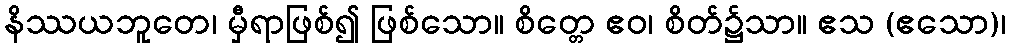
နိဿယဘူတေ၊ မှီရာဖြစ်၍ ဖြစ်သော။ စိတ္တေ ဧဝ၊ စိတ်၌သာ။ ဧသ (ဧသော)၊